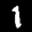
Digit: 1